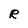
Character: R